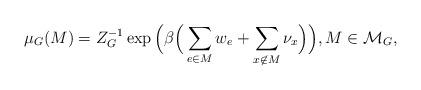
LaTeX: \begin{align*}\mu_G(M) = Z_G^{-1} \exp\Big ( \beta \Big(\sum_{e \in M} w_e + \sum_{x \not\in M} \nu_x \Big)\Big), M \in \mathcal{M}_G, \end{align*}